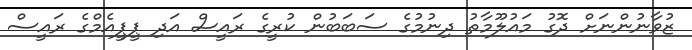
ޒުވާނުންނަށް ދޮގު މައުލޫމާތު ދިނުމުގެ ސަބަބުން ކުރީގެ ރައީސް އަދި ޕީޕީއެމްގެ ރައީސް